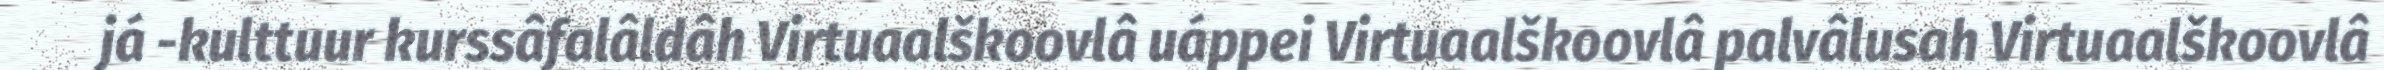
já -kulttuur kurssâfalâldâh Virtuaalškoovlâ uáppei Virtuaalškoovlâ palvâlusah Virtuaalškoovlâ